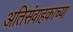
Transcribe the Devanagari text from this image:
अतिसंवाहकाच्या